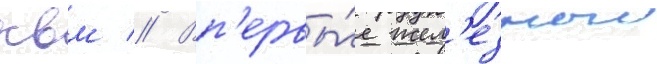
квм // Вп'ервы́е жел'езныи